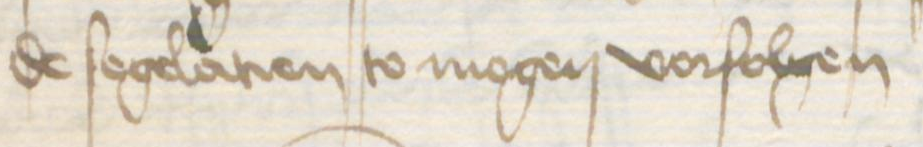
Transcription: de segelatien to mogen vorfolgen